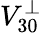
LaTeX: V_{30}^{\perp}